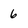
Character: 6